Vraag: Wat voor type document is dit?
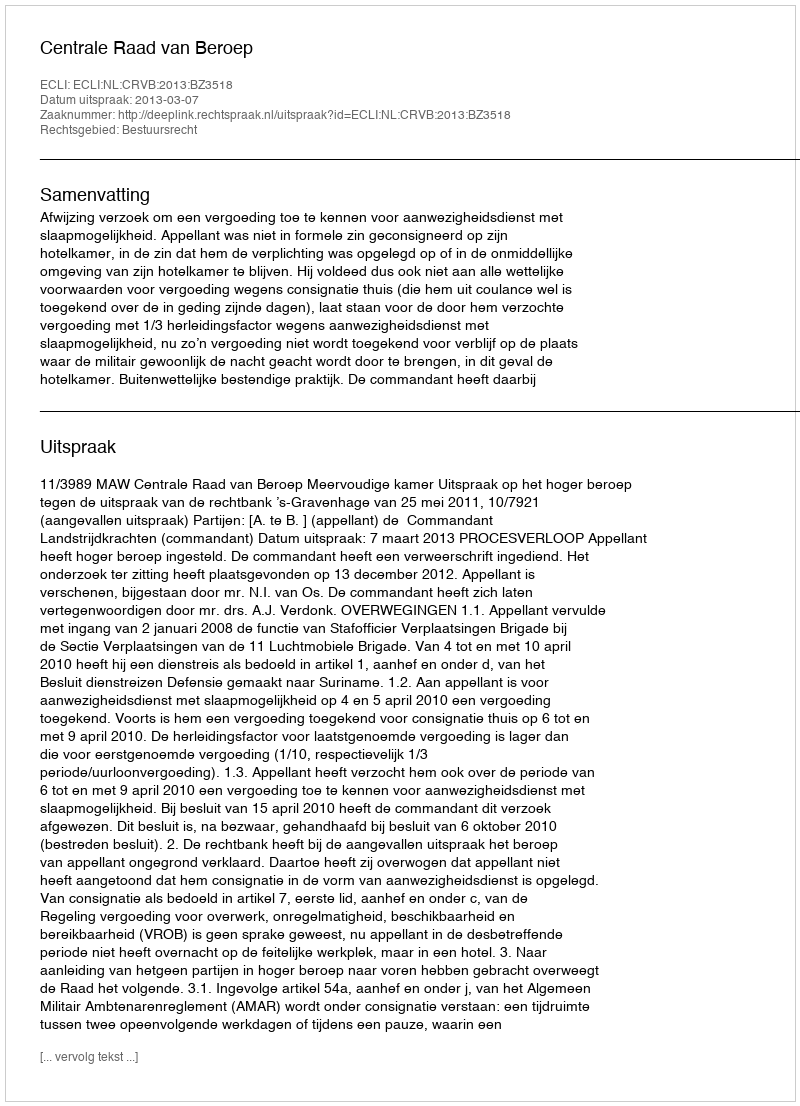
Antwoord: Uitspraak